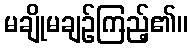
မချိုမချဉ်ကြည့်၏။